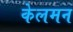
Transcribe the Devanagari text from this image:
केलमन